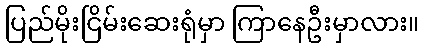
ပြည်မိုးငြိမ်းဆေးရုံမှာ ကြာနေဦးမှာလား။